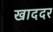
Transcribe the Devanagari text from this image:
खाददर